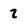
Character: 7